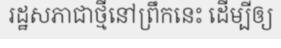
រដ្ឋសភាជាថ្មីនៅព្រឹកនេះ ដើម្បីឲ្យ